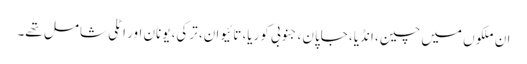
ان ملکوں میں چین، انڈیا، جاپان، جنوبی کوریا، تائیوان، ترکی، یونان اور اٹلی شامل تھے۔